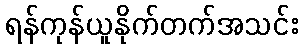
ရန်ကုန်ယူနိုက်တက်အသင်း